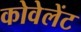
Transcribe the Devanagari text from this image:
कोवेलेंट